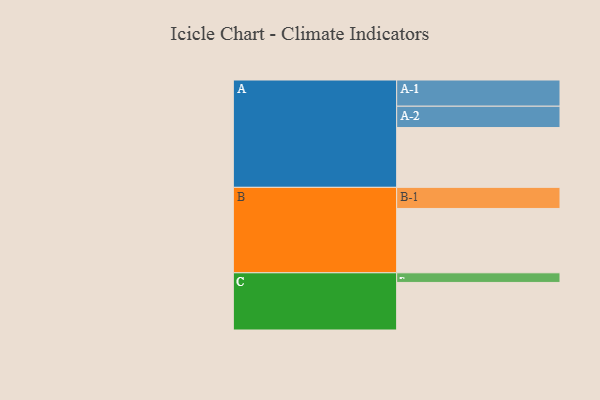
{"axis": {"x": "Segment", "y": "Value"}, "legend": ["", "A", "B", "C"], "data": [{"x": "A", "y": 552, "type": ""}, {"x": "B", "y": 594, "type": ""}, {"x": "C", "y": 439, "type": ""}, {"x": "A-1", "y": 242, "type": "A"}, {"x": "A-2", "y": 197, "type": "A"}, {"x": "B-1", "y": 195, "type": "B"}, {"x": "C-1", "y": 89, "type": "C"}]}